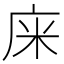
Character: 𢈍